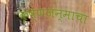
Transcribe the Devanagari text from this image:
कृष्णजन्माचा